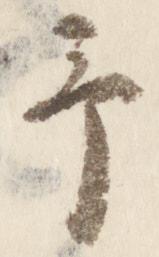
予